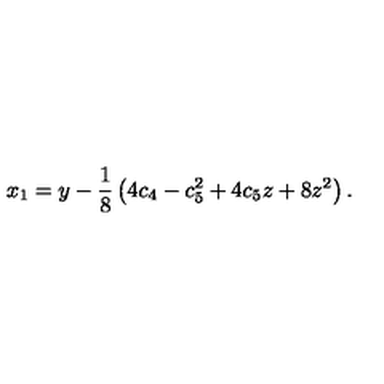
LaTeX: x _ { 1 } = y - \frac { 1 } { 8 } \left( 4 c _ { 4 } - c _ { 5 } ^ { 2 } + 4 c _ { 5 } z + 8 z ^ { 2 } \right) .